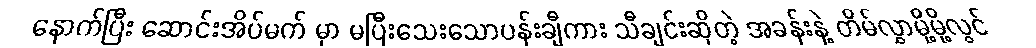
နောက်ပြီး ဆောင်းအိပ်မက် မှာ မပြီးသေးသောပန်းချီကား သီချင်းဆိုတဲ့ အခန်းနဲ့ တိမ်လွှာမို့မို့လွင်